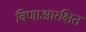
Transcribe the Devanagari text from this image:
विणाआरक्षित